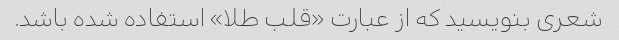
شعری بنویسید که از عبارت «قلب طلا» استفاده شده باشد.